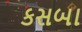
કસબા